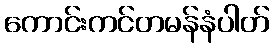
ကောင်းကင်တမန်နံပါတ်